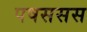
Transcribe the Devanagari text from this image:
पषससस